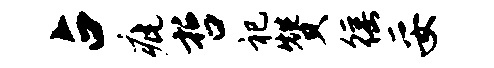
占疵哲祀赞徭妥